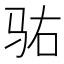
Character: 𱅆